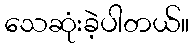
သေဆုံးခဲ့ပါတယ်။